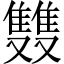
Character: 䨇